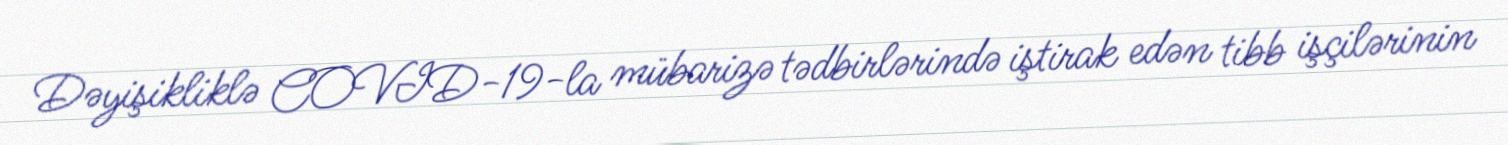
Dəyişikliklə COVID-19-la mübarizə tədbirlərində iştirak edən tibb işçilərinin